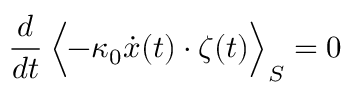
\frac { d } { d t } \, \Bigl < - \kappa _ { 0 } \dot { x } ( t ) \cdot \zeta ( t ) \Bigr > _ { S } = 0